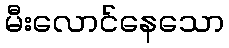
မီးလောင်နေသော